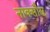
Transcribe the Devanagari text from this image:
नाक्सौस्